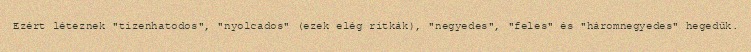
Ezért léteznek "tizenhatodos", "nyolcados" (ezek elég ritkák), "negyedes", "feles" és "háromnegyedes" hegedűk.